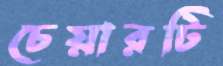
চেয়ারটি